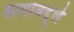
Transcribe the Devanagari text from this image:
कार्याबद्द्ले